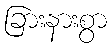
ခြားနားစွာ